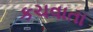
કચવાતા